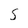
Character: 5